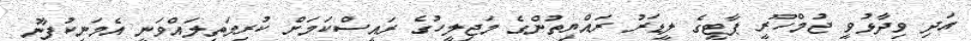
އަދި ވިދާޅުވީ ޖުމްހޫރީ ޕާޓީގެ ލީޑަރު ރައްޔިތުންގެ މަޖިލީހުގެ ރައީސްކަމަށް ކުރިމަތިލައްވަނީ އެމަނިކުފާނު